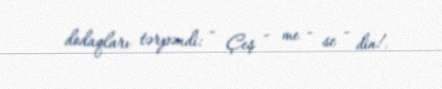
dodaqları tərpəndi: - Çeş - me - se - din!.